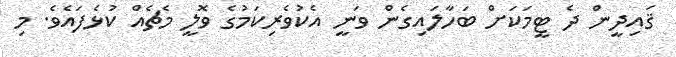
ޤައިދީން ދެ ޓީމަކަށް ބަހާލައިގެން ވަނީ އެކުވެރިކަމުގެ ވޮލީ މެޗެއް ކުޅެފައެވެ. މި